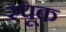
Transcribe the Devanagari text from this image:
स्पूक